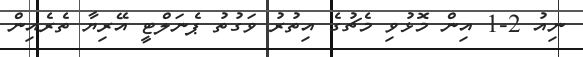
ނިއު 2-1 އިން މޮޅުވި މެޗުގެ އިތުރު ވަގުތު ޕެނަލްޓީ އޭރިޔާ ތެރެއިން